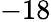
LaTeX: -18